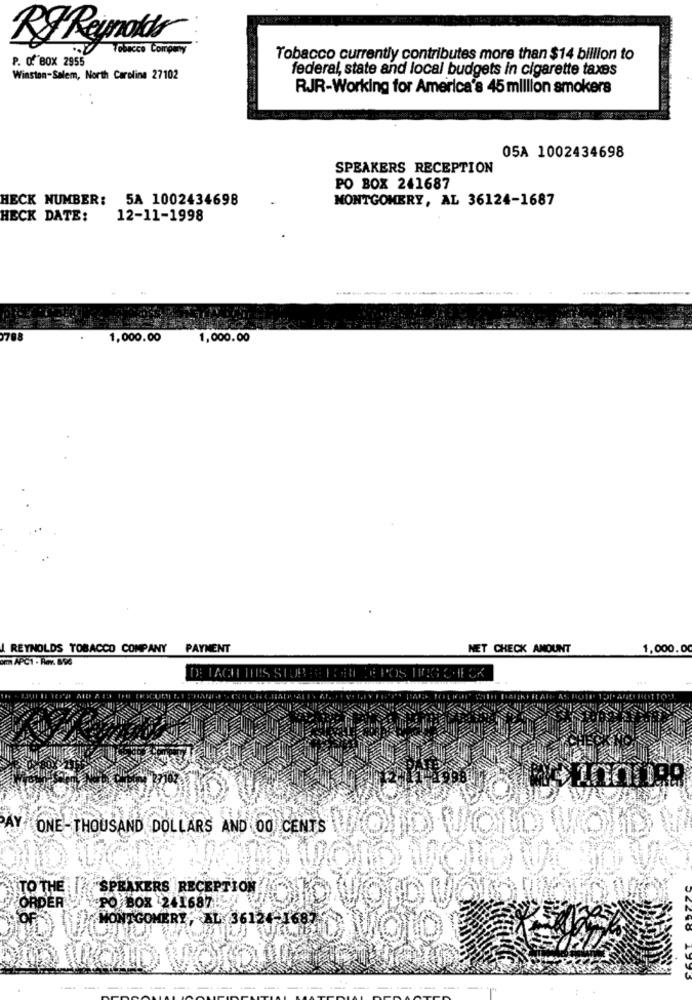
RF Reynolds
Tobacco Company
P. O. BOX 2955
Tobacco currently contributes more than $14 billion to
federal, state and local budgets in cigarette taxes
Winston-Salem, North Carolina 27102
RJR-Working for America's 45 million smokers
05A 1002434698
SPEAKERS RECEPTION
PO BOX 241687
HECK NUMBER: 5A 1002434698
MONTGOMERY, AL 36124-1687
HECK DATE:
12-11-1998
1,000.00
1,000.00
REYNOLDS TOBACCO COMPANY PAYMENT
NET CHECK AMOUNT
1,000.00
DE LACH HEES STUB BEFORE DE POS HING CHECK
PAY
ONE-THOUSAND DOLLARS AND OO CENTS
TO THE
"SPEAKERS RECEPTION
ORDER
PO BOX 241687!
MONTGOMERY , AL: 36124-168
-